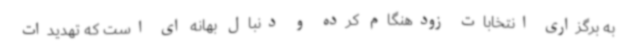
به برگزاری انتخابات زودهنگام کرده و دنبال بهانه ای است که تهدیدات